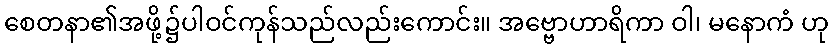
စေတနာ၏အဖို့၌ပါဝင်ကုန်သည်လည်းကောင်း။ အဗ္ဗောဟာရိကာ ဝါ၊ မနောကံ ဟု